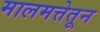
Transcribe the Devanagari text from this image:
मालमत्तेतून